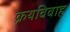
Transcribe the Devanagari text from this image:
क्रयविवाह